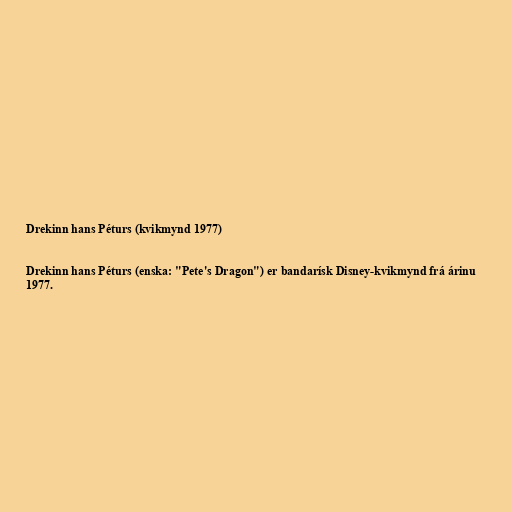
Drekinn hans Péturs (kvikmynd 1977)

Drekinn hans Péturs (enska: "Pete's Dragon") er bandarísk Disney-kvikmynd frá árinu
1977.